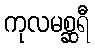
ကုလမစ္ဆရီ